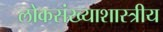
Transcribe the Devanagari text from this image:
लोकसंख्याशास्त्रीय